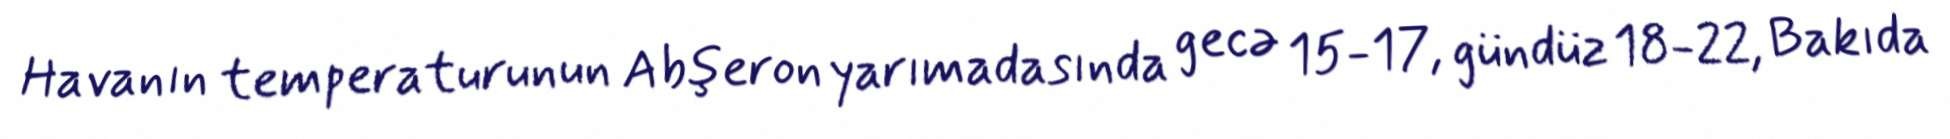
Havanın temperaturunun Abşeron yarımadasında gecə 15-17, gündüz 18-22, Bakıda